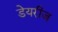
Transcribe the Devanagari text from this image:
डेयरीज